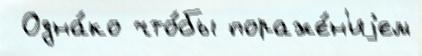
 Одна́ко что́бы пораже́н'иjем